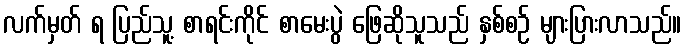
လက်မှတ် ရ ပြည်သူ့ စာရင်းကိုင် စာမေးပွဲ ဖြေဆိုသူသည် နှစ်စဉ် များပြားလာသည်။